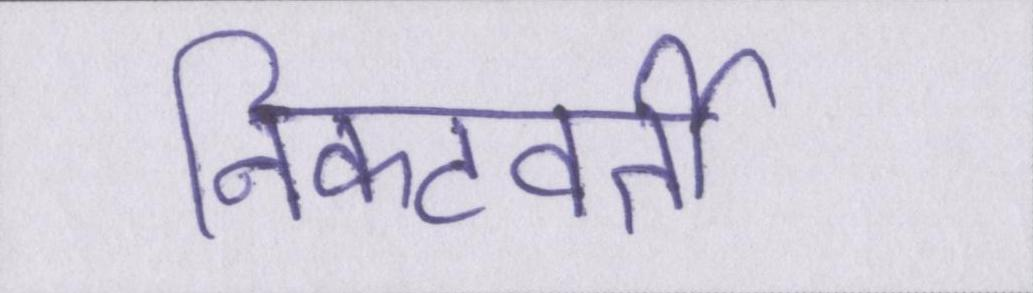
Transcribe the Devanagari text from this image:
निकटवर्ती